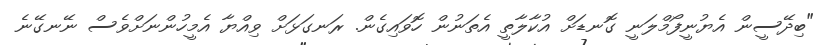
"ބިދޭސީން އެޔުނީފޯމްލަނީ ގޮނޑަށް އުކާލާތީ އެތަނުން ހޮވައިގެން. ރަނގަޅަށް ވިއްޔާ އެމީހުންނަށްވެސް ނޭނގޭނެ